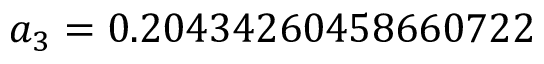
a _ { 3 } = 0 . 2 0 4 3 4 2 6 0 4 5 8 6 6 0 7 2 2